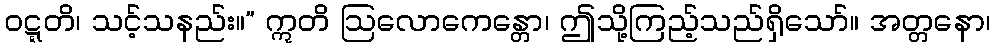
ဝဋ္ဋတိ၊ သင့်သနည်း။” ဣတိ ဩလောကေန္တော၊ ဤသို့ကြည့်သည်ရှိသော်။ အတ္တနော၊